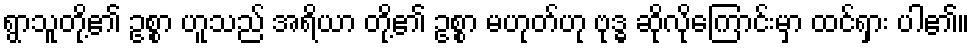
ရွာသူတို့၏ ဥစ္စာ ဟူသည် အရိယာ တို့၏ ဥစ္စာ မဟုတ်ဟု ဗုဒ္ဓ ဆိုလိုကြောင်းမှာ ထင်ရှား ပါ၏။